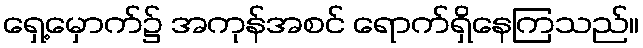
ရှေ့မှောက်၌ အကုန်အစင် ရောက်ရှိနေကြသည်။